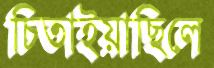
চিতাইয়াছিলে